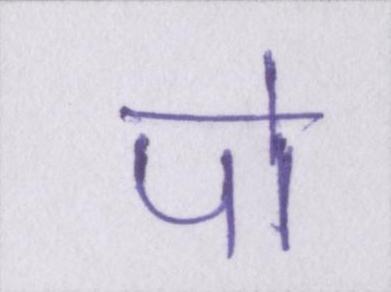
पो